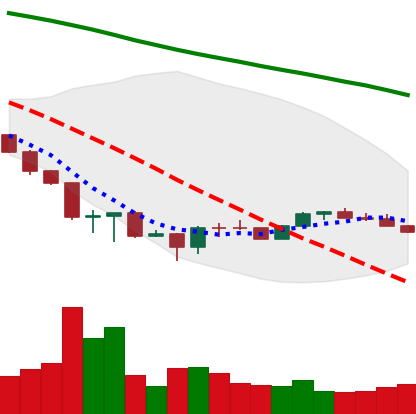
Ticker: ETH-USD
Chart end date: 2022-06-29
Forward return: 4.742%
Label: up_3_5